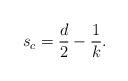
LaTeX: \begin{align*} s_c=\frac{d}{2}-\frac1k.\end{align*}